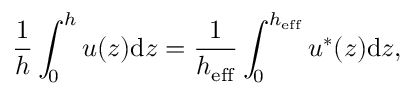
\frac { 1 } { h } \int _ { 0 } ^ { h } u ( z ) \mathrm { d } z = \frac { 1 } { h _ { \mathrm { e f f } } } \int _ { 0 } ^ { h _ { \mathrm { e f f } } } u ^ { \ast } ( z ) \mathrm { d } z ,